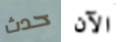
حدث الآن